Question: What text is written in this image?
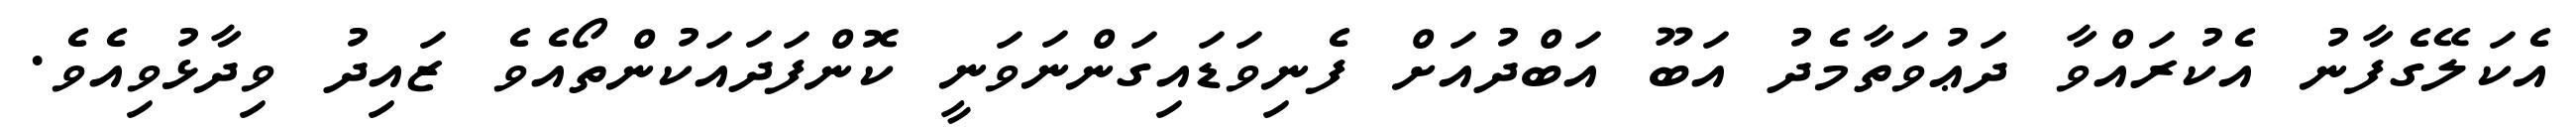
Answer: އެކަލޭގެފާނު އެކުރައްވާ ދަޢުވަތާމެދު އަބޫ އަބްދުއަށް ފެނިވަޑައިގަންނަވަނީ ކޮންފަދައަކުންތޯއެވެ ޒައިދު ވިދާޅުވިއެވެ.